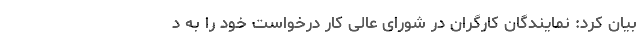
بیان کرد: نمایندگان کارگران در شورای عالی کار درخواست خود را به د